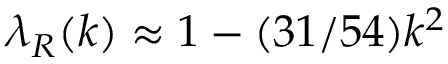
\lambda _ { R } ( k ) \approx 1 - ( 3 1 / 5 4 ) k ^ { 2 }